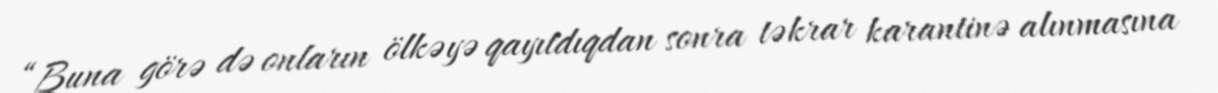
“Buna görə də onların ölkəyə qayıtdıqdan sonra təkrar karantinə alınmasına